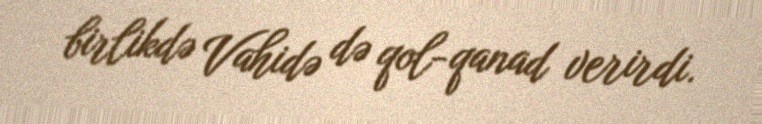
birlikdə Vahidə də qol-qanad verirdi.